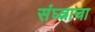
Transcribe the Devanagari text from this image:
संघ्त्नाचा